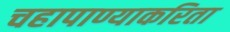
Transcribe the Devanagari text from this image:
चहापाण्याकरिता